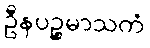
ဦနပဉ္စမာသကံ